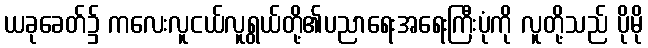
ယခုခေတ်၌ ကလေးလူငယ်လူရွယ်တို့၏ပညာရေးအရေးကြီးပုံကို လူတို့သည် ပိုမို